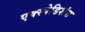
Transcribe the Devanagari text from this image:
एक्स्पेडिशंस